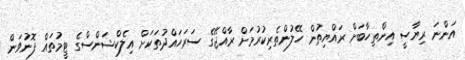
އަންނަ ރިޔާސީ އިންތިހާބަށް ރައްޔިތުން ހޭލުންތެރިކުރުމަށް ރާއްޖޭގެ ސަރަހައްދުތަކަށް އިލެކްޝަންސްގެ ޓީމުތައް ފޮނުވަން